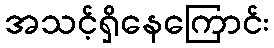
အသင့်ရှိနေကြောင်း